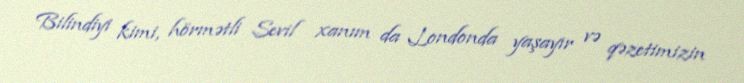
Bilindiyi kimi, hörmətli Sevil xanım da Londonda yaşayır və qəzetimizin